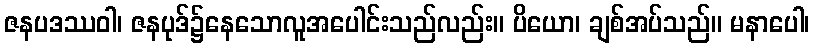
ဇနပဒဿဝါ၊ ဇနပုဒ်၌နေသောလူအပေါင်းသည်လည်း။ ပိယော၊ ချစ်အပ်သည်။ မနာပေါ၊